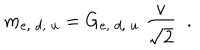
LaTeX: m _ { e , \; d , \; u } = G _ { e , \; d , \; u } \; \frac { v } { \sqrt { 2 } } \; \; .